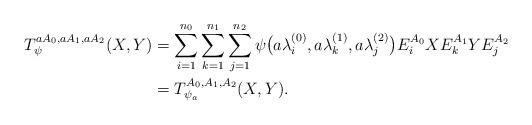
LaTeX: \begin{align*}T_\psi^{a A_0,a A_1,a A_2}(X,Y)&=\sum_{i=1}^{n_0} \sum_{k=1}^{n_1}\sum_{j=1}^{n_2}\psi\bigl(a\lambda_i^{(0)}, a\lambda_k^{(1)},a \lambda_j^{(2)}\bigr)E_{i}^{A_0}X E_{k}^{A_1} Y E_{j}^{A_2}\\&=T^{A_0,A_1,A_2}_{\psi_a}(X,Y).\end{align*}